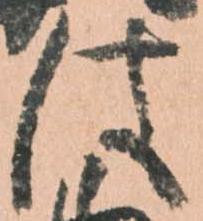
は